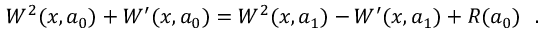
W ^ { 2 } ( x , a _ { 0 } ) + W ^ { \prime } ( x , a _ { 0 } ) = W ^ { 2 } ( x , a _ { 1 } ) - W ^ { \prime } ( x , a _ { 1 } ) + R ( a _ { 0 } ) ~ ~ .